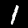
Label: 1